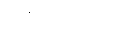
ပဝိသေယျ